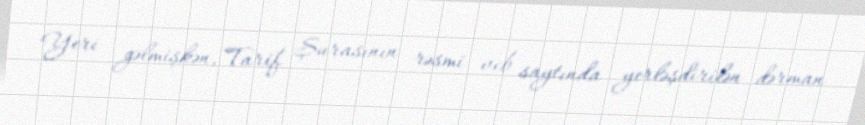
Yeri gəlmişkən, Tarif Şurasının rəsmi veb saytında yerləşdirilən dərman